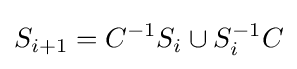
S_{i+1}=C^{-1}S_{i}\cup S_{i}^{-1}C